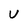
Character: v